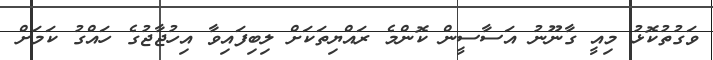
ވަގުތުކޮޅު މިއީ ގާނޫނު އަސާސީން ކޮންމެ ރައްޔިތަކަށް ލިބިފައިވާ އިހުޖާޖުގެ ހައްގު ކަމަށް